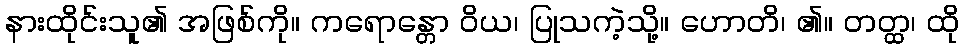
နားထိုင်းသူ၏ အဖြစ်ကို။ ကရောန္တော ဝိယ၊ ပြုသကဲ့သို့။ ဟောတိ၊ ၏။ တတ္ထ၊ ထို